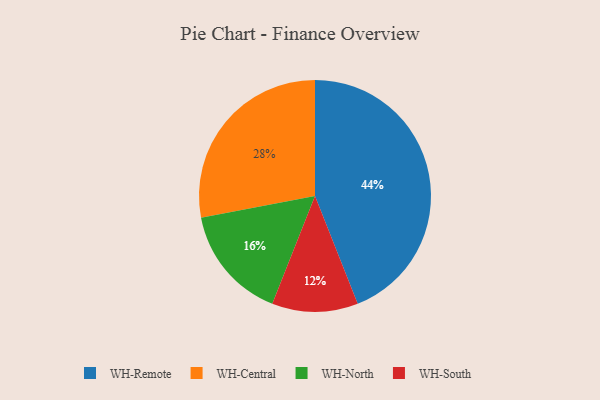
{"axis": {"x": "Category", "y": "Percentage"}, "legend": ["WH-Central", "WH-North", "WH-Remote", "WH-South"], "data": [{"x": "WH-North", "y": 16, "type": "WH-North"}, {"x": "WH-Central", "y": 28, "type": "WH-Central"}, {"x": "WH-Remote", "y": 44, "type": "WH-Remote"}, {"x": "WH-South", "y": 12, "type": "WH-South"}]}